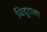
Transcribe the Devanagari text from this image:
विदुराला